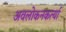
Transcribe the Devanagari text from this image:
अवलोकनकर्त्या